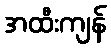
အထီးကျန်